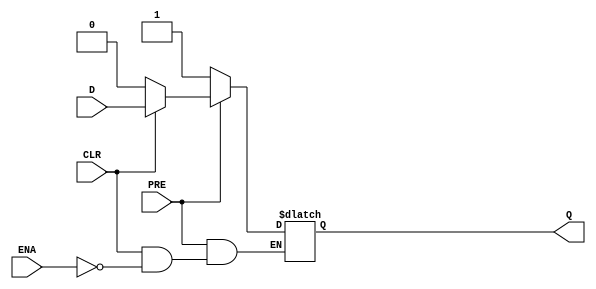
module cycloneiiils_latch(D, ENA, PRE, CLR, Q);
   input D;
   input ENA, PRE, CLR;
   output Q;
   reg 	  q_out;
   specify
      $setup (D, negedge ENA, 0) ;
      $hold (negedge ENA, D, 0) ;
      (D => Q) = (0, 0);
      (negedge ENA => (Q +: q_out)) = (0, 0);
      (negedge PRE => (Q +: q_out)) = (0, 0);
      (negedge CLR => (Q +: q_out)) = (0, 0);
   endspecify
   wire D_in;
   wire ENA_in;
   wire PRE_in;
   wire CLR_in;
   buf (D_in, D);
   buf (ENA_in, ENA);
   buf (PRE_in, PRE);
   buf (CLR_in, CLR);
   initial
      begin
	 q_out <= 1'b0;
      end
   always @(D_in or ENA_in or PRE_in or CLR_in)
      begin
	 if (PRE_in == 1'b0)
	    begin
	       // latch being preset, preset is active low
	       q_out <= 1'b1;
	    end
	 else if (CLR_in == 1'b0)
	    begin
	       // latch being cleared, clear is active low
	       q_out <= 1'b0;
	    end
	      else if (ENA_in == 1'b1)
		 begin
		    // latch is transparent
		    q_out <= D_in;
		 end
      end
   and (Q, q_out, 1'b1);
endmodule